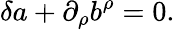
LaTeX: \delta a+\partial_{\rho}b^{\rho}=0.